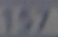
157